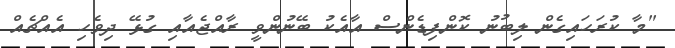
"މާ ކުރަހައިގެން ލިބުނު ކޮންފިޑެންސް އާއެކު ބޭނުންވީ ރާއްޖެއާއި ގުޅޭ ދިވެހި އެއްޗެއް